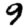
Digit: 9